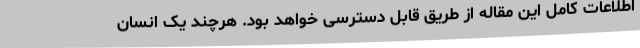
اطلاعات کامل این مقاله از طریق قابل دسترسی خواهد بود. هرچند یک انسان